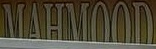
MAHMOOD